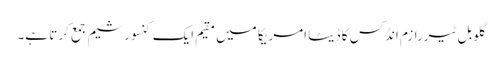
گلوبل ٹیررازم انڈکس کا ڈیٹا امریکا میں مقیم ایک کنسورشیم جمع کرتا ہے۔